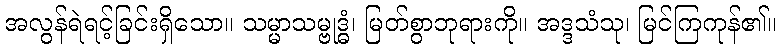
အလွန်ရဲရင့်ခြင်းရှိသော။ သမ္မာသမ္ဗုဒ္ဓံ၊ မြတ်စွာဘုရားကို။ အဒ္ဒသံသု၊ မြင်ကြကုန်၏။